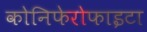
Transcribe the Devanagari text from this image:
कोनिफेरोफाइटा